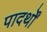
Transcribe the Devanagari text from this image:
पादर्थों